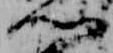
門